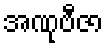
အဏုဗီဇာ